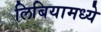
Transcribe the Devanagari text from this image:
लिबियामध्ये